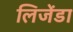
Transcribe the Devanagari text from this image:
लिजेंडा